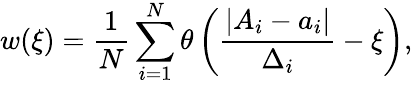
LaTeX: w(\xi)=\frac{1}{N}\sum_{i=1}^{N}\theta\left(\frac{|A_{i}-a_{i}|}{\Delta_{i}}-\xi\right),